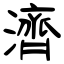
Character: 濟